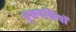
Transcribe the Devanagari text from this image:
पुशपक्षियों